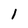
Character: 1